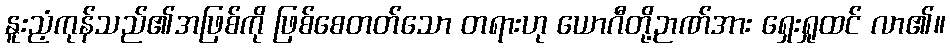
နူးညံ့ကုန်သည်၏အဖြစ်ကို ဖြစ်စေတတ်သော တရားဟု ယောဂီတို့ဉာဏ်အား ရှေးရှုထင် လာ၏။